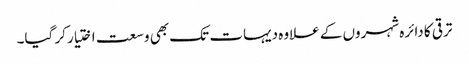
ترقی کا دائرہ شہروں کے علاوہ دیہات تک بھی وسعت اختیار کر گیا۔